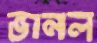
ভানল